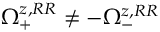
\Omega _ { + } ^ { z , R R } \neq - \Omega _ { - } ^ { z , R R }